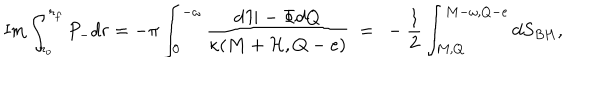
\mathrm { I m } \int _ { r _ { o } } ^ { r _ { f } } P _ { - } d r = - \pi \int _ { 0 } ^ { - \omega } { \frac { d { \cal H } - \Phi d Q } { \kappa ( M + { \cal H } , Q - e ) } } ~ = ~ - \frac { 1 } { 2 } \int _ { M , Q } ^ { M - \omega , Q - e } d S _ { B H } ,